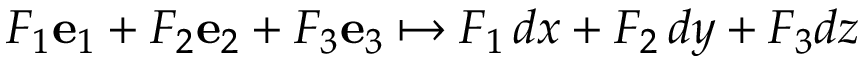
F _ { 1 } \mathbf { e } _ { 1 } + F _ { 2 } \mathbf { e } _ { 2 } + F _ { 3 } \mathbf { e } _ { 3 } \mapsto F _ { 1 } \, d x + F _ { 2 } \, d y + F _ { 3 } d z